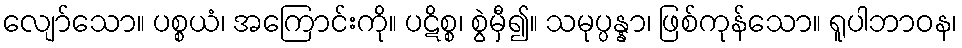
လျော်သော။ ပစ္စယံ၊ အကြောင်းကို။ ပဋိစ္စ၊ စွဲမှီ၍။ သမုပ္ပန္နာ၊ ဖြစ်ကုန်သော။ ရူပါဘာဝန၊